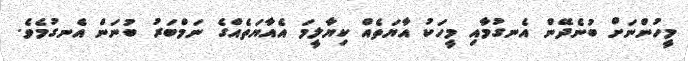
މީހުންނަށް ބުނެދޭން އެނގުމާއި މީހަކު އާޔަތެއް ކިޔާލީމަ އެއާޔަތެއްގެ ނަމްބަރު ބުނަން އެނގުމެވެ.